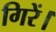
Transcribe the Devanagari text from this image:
गिरें।